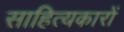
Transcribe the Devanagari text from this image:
साहित्‍यकारों